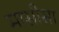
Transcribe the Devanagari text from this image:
मासीसा